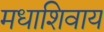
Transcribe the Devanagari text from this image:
मधाशिवाय